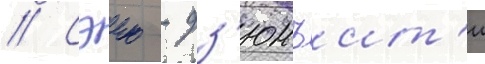
// Сэию - дз'юнъит'и